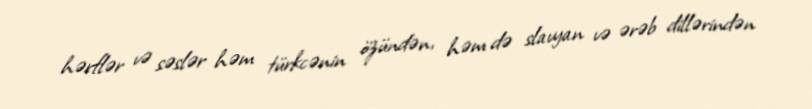
hərflər və səslər həm türkcənin özündən, həm də slavyan və ərəb dillərindən